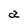
Character: a